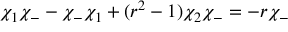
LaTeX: \chi _ { 1 } \chi _ { - } - \chi _ { - } \chi _ { 1 } + ( r ^ { 2 } - 1 ) \chi _ { 2 } \chi _ { - } = - r \chi _ { - }